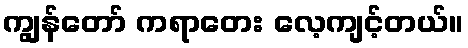
ကျွန်တော် ကရာတေး လေ့ကျင့်တယ်။